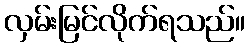
လှမ်းမြင်လိုက်ရသည်။